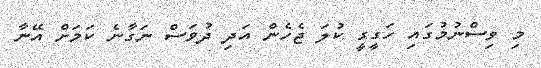
މި ވިސްނުމުގައި ހަގީގީ ކުލަ ޖެހެން އަދި ދުވަސް ނަގާނެ ކަމަށް އޭނާ